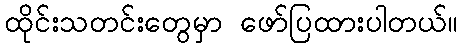
ထိုင်းသတင်းတွေမှာ ဖော်ပြထားပါတယ်။